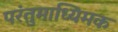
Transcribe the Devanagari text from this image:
परंतुमाध्यिमक